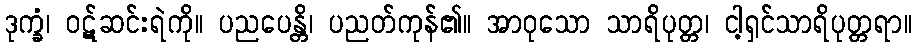
ဒုက္ခံ၊ ဝဋ်ဆင်းရဲကို။ ပညပေန္တိ၊ ပညတ်ကုန်၏။ အာဝုသော သာရိပုတ္တ၊ ငါ့ရှင်သာရိပုတ္တရာ။